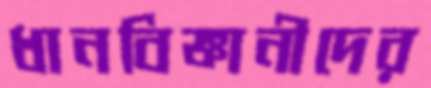
ধানবিজ্ঞানীদের